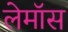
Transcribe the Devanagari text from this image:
लेमॉस